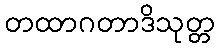
တထာဂတာဒိသုတ္တ